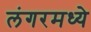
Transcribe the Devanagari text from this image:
लंगरमध्ये